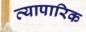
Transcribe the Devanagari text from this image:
व्‍यापारिक